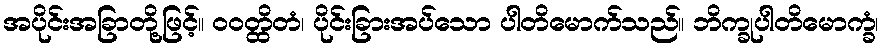
အပိုင်းအခြာတို့ဖြင့်။ ဝဝတ္ထိတံ၊ ပိုင်းခြားအပ်သော ပါတိမောက်သည်။ ဘိက္ခုပါတိမောက္ခံ၊